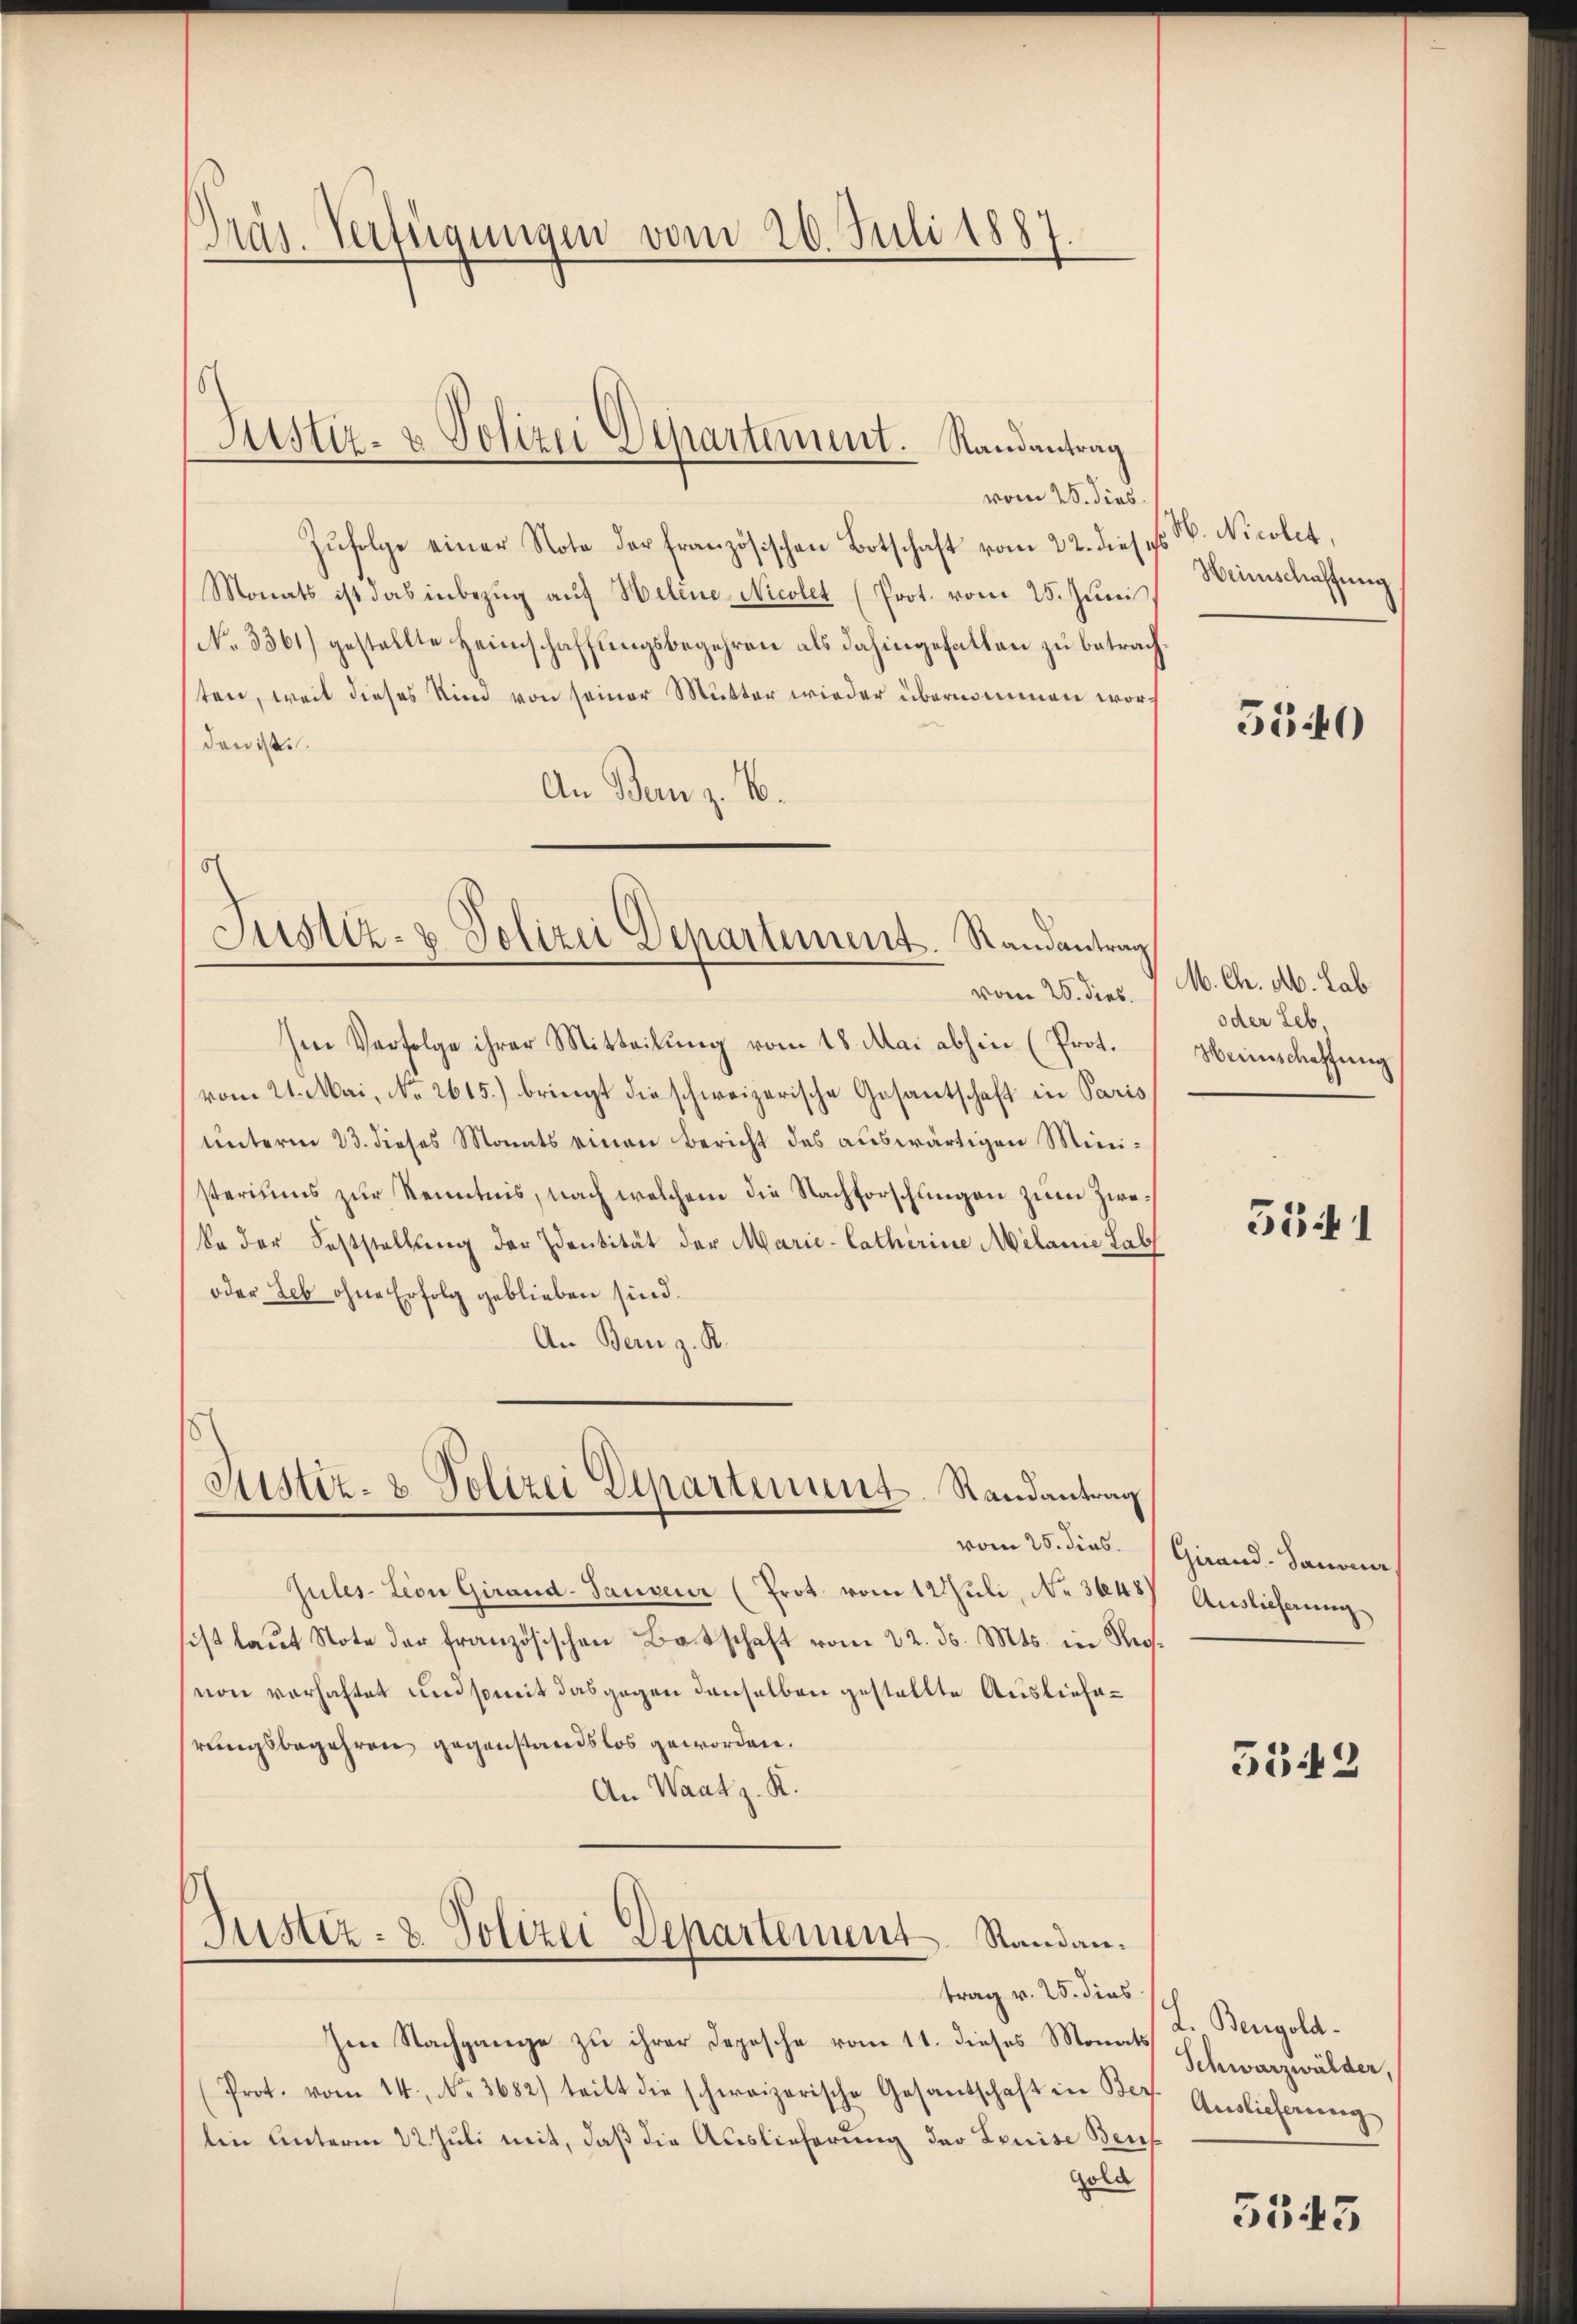
Gräs. Verfügungen vom 20. Juli 1881

vom 25. dies
Zufolge einer Note der französischen Botschaft vom 22. dieses W. Nicolet,
Monats ist das inbezŭg aŭf Heline Nicolet (Prot. vom 25. Juni,
No. 3361) gestellte Heimschaffungsbegehren als dahingefallen zu betrach
sten, weil dieses Kind von seiner Mutter wieder übernommen worden.
An Bern z. B.

Justiz- & Polizei Departement. Randantrag

Justiz- & Polizei Departement. Randantrag

Im Verfolge ihrer Mitteilung vom 18. Mai abhin (Prot.
vom 21. Mai, No. 2615.) bringt die schweizerische Gesantschaft in Paris
unterm 23. dieses Monats einen Bericht des auswärtigen Ministeriums zur Kenntnis, nach welchem die Nachforschlingen zum Zweke der Feststellung der Identität der Marie-Catherine Milanie Lab
oder Leb ohne Erfolg geblieben sind.
An Bern z. B.

Justiz- & Polizei Departenunt. Randantrag

Jules-Lion Girard-Sauveur (Prot. vom 12 Juli, No 3648
sist laŭt Note der französischen Batschaft vom 22. ds. Mts. in Reg¬
(von vorhaftet und somit das gegen denselben gestellte Auslieferungsbegehren gegenstandslos geworden.
An Waatz. K.

Justiz- & Polizei Departement. Standan¬

Im Nachgange zu ihrer Depesche vom 11. dieses Monats
Prot. vom 14. No. 3682) teilt die schweizerische Gesantschaft in Dr. Auslicherŭng
lin unterm 22. Juli mit, daß die Auslieferung der Louise Benf
Gold

trag v. 25. dies

Weinschaffung

vom 25. dies. J. M. Ch. M. Lab
oder Leb,
Heinschaffung

5540

5641

vom 25. dies. Girand- Sanoner,
Auslieferung

5542

L. Bengold.
Schwarzwälder,

5545